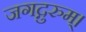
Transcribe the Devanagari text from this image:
जगद्गुरुम्।